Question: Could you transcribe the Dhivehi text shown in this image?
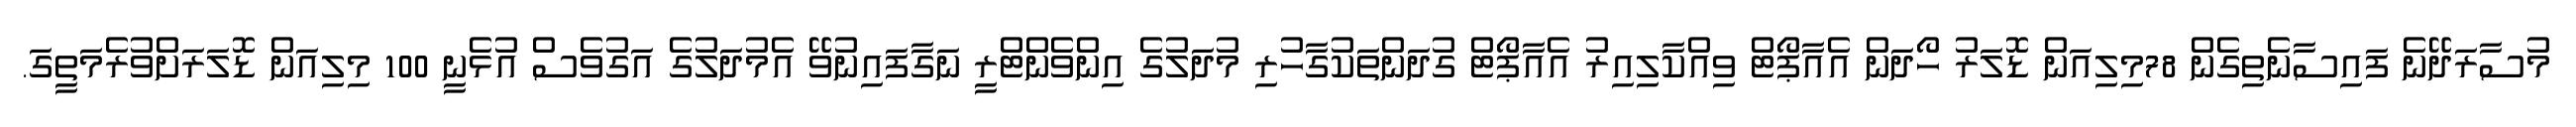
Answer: މުސާރަދޭނެ ފައިސާނެތިގެން 78މިލިއަން ޑޮލަރު ހޯދަން އެއާޕޯޓް ވިއްކާލިއިރު އެއާޕޯޓް ގުދަންތަކުގާހުރި މުދަލުގެ އިންވެންޓްރީ ނަގާފައިނުވޭ އެމުދަލުގެ އަގުވެސް އުޅެނީ 100 މިލިއަން ޑޮލަރަށްވުރެމަތީގަ.